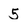
Character: 5